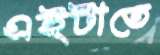
এইটাতে